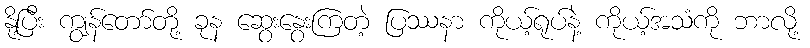
နို့ပြီး ကျွန်တော်တို့ ခုန ဆွေးနွေးကြတဲ့ ပြဿနာ ကိုယ့်ရုပ်နဲ့ ကိုယ့်အသံကို ဘာလို့